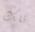
تلك